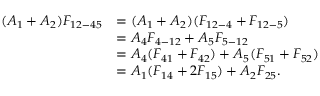
\begin{array} { r l } { ( A _ { 1 } + A _ { 2 } ) F _ { 1 2 - 4 5 } } & { = ( A _ { 1 } + A _ { 2 } ) ( F _ { 1 2 - 4 } + F _ { 1 2 - 5 } ) } \\ & { = A _ { 4 } F _ { 4 - 1 2 } + A _ { 5 } F _ { 5 - 1 2 } } \\ & { = A _ { 4 } ( F _ { 4 1 } + F _ { 4 2 } ) + A _ { 5 } ( F _ { 5 1 } + F _ { 5 2 } ) } \\ & { = A _ { 1 } ( F _ { 1 4 } + 2 F _ { 1 5 } ) + A _ { 2 } F _ { 2 5 } { . } } \end{array}